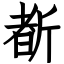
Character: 斱